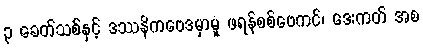
၃ ခေတ်သစ်နှင့် ဒဿနိကဗေဒမှာမူ ဖရန်စစ်ဗေကင်၊ ဒေးကတ် အစ